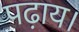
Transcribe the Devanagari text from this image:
पढ़ाय।